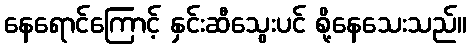
နေရောင်ကြောင့် နှင်းဆီသွေးပင် စို့နေသေးသည်။